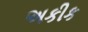
અકીક